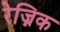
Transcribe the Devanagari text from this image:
रेज्निक